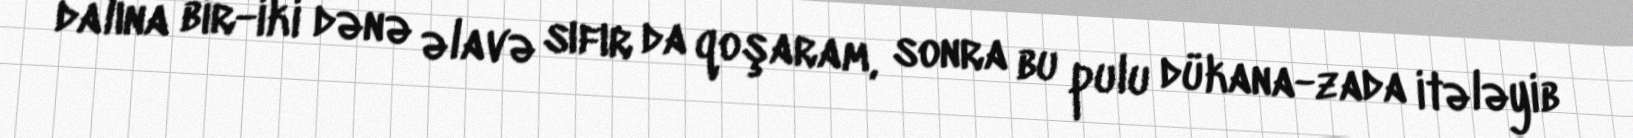
dalına bir-iki dənə əlavə sıfır da qoşaram, sonra bu pulu dükana-zada itələyib